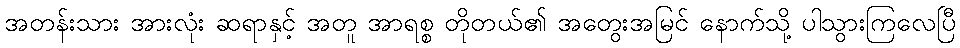
အတန်းသား အားလုံး ဆရာနှင့် အတူ အာရစ္စ တိုတယ်၏ အတွေးအမြင် နောက်သို့ ပါသွားကြလေပြီ